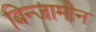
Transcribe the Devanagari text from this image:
बिन्जामीन